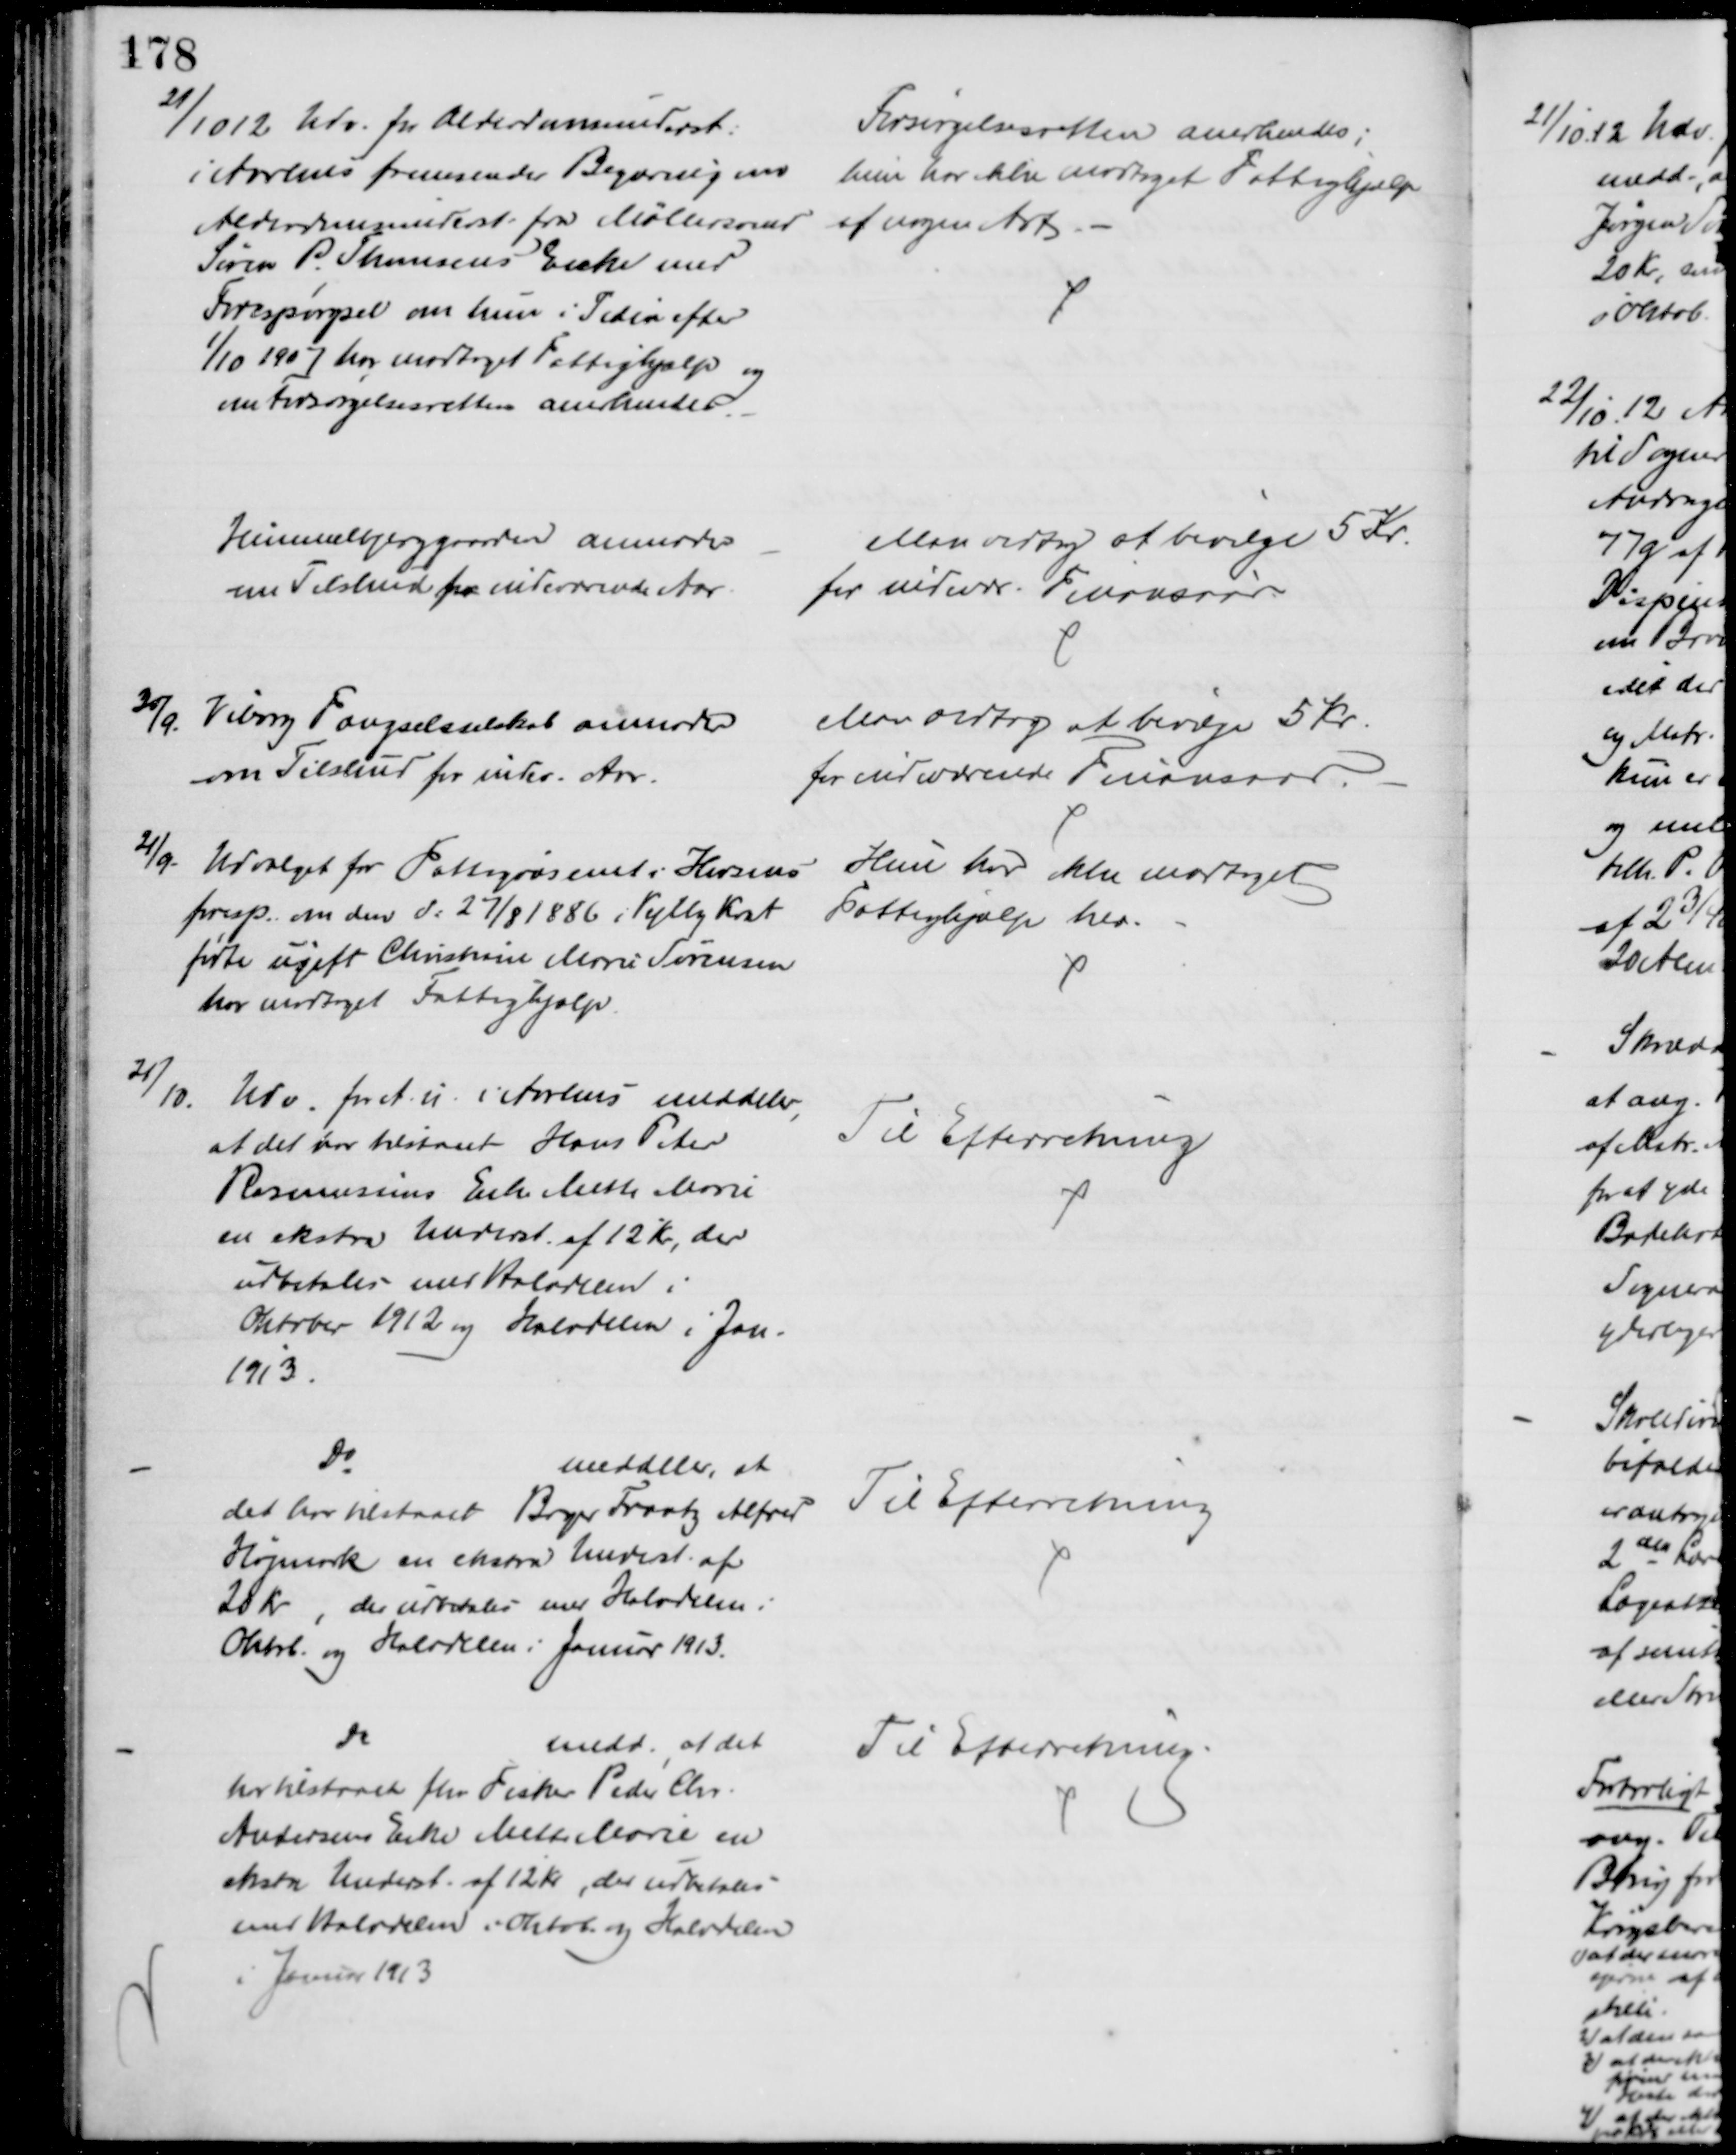
Transskription:
21/10 12 Udv. for Alderdomsunderst.
i Aarhus fremsender Begæring om
Alderdomsunderst fra Møllersvend
Søren P. Thomsens Enke med
Forespørgsel om hun i Tiden efter
1/10 1907 har modtaget Fattighjælp og
om Forsørgelsesretten anerkendes
Forsørgelsesretten anerkendes;
hun har ikke modtaget Fattighjælp
af nogen Art.
Himmelbjerggaarden anmoder
om Tilskud for indeværende Aar.
Man vedtog at bevilge 5 Kr.
for indevær. Finansaar.
30/9.
Viborg Fængselsselskab anmoder
om Tilskud for indev. Aar.
Man vedtog at bevilge 5 Kr.
for indeværende Finansaar.
21/9.
Udvalget for Fattigvæsenet i Horsens
foresp. om den d: 27/8 1886 i Vejlby Krat
fødte ugift Christiane Marie Sørensen
har modtaget Fattighjælp.
Hun har ikke modtaget
Fattighjælp her.
21/10.
Udv. for A. u. i Aarhus meddeler,
at det har tilstaaet Hans Peter
Rasmussens Enke Mette Marie
en ekstra Underst. af 12 Kr, der
udbetales med Halvdelen i
Oktober 1912 og Halvdelen i Jan.
1913.
Til Efterretning
Do
meddeler, at
det har tilstaaet Bager Frantz Alfred
Højmark en ekstra Underst. af 
28 Kr der udbetales med Halvdelen i
Oktob. og Halvdelen i Januar 1913.
Til Efterretning
Do
medd. at det
har tilstaaet fhv. Fisker Peder Chr.
Andersens Enke Mette Marie en
ekstra Underst. af 12 Kr., der udbetales
med Halvdelen i Oktob. og Halvdelen
i Januar 1913
Til Efterretning.